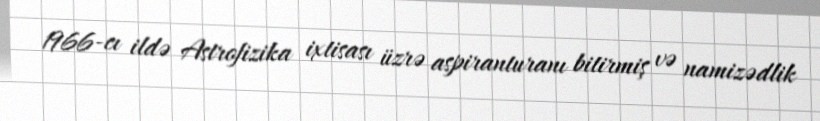
1966-cı ildə Astrofizika ixtisası üzrə aspiranturanı bitirmiş və namizədlik